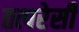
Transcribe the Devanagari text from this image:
तत्परेसी